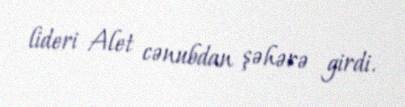
lideri Alet cənubdan şəhərə girdi.